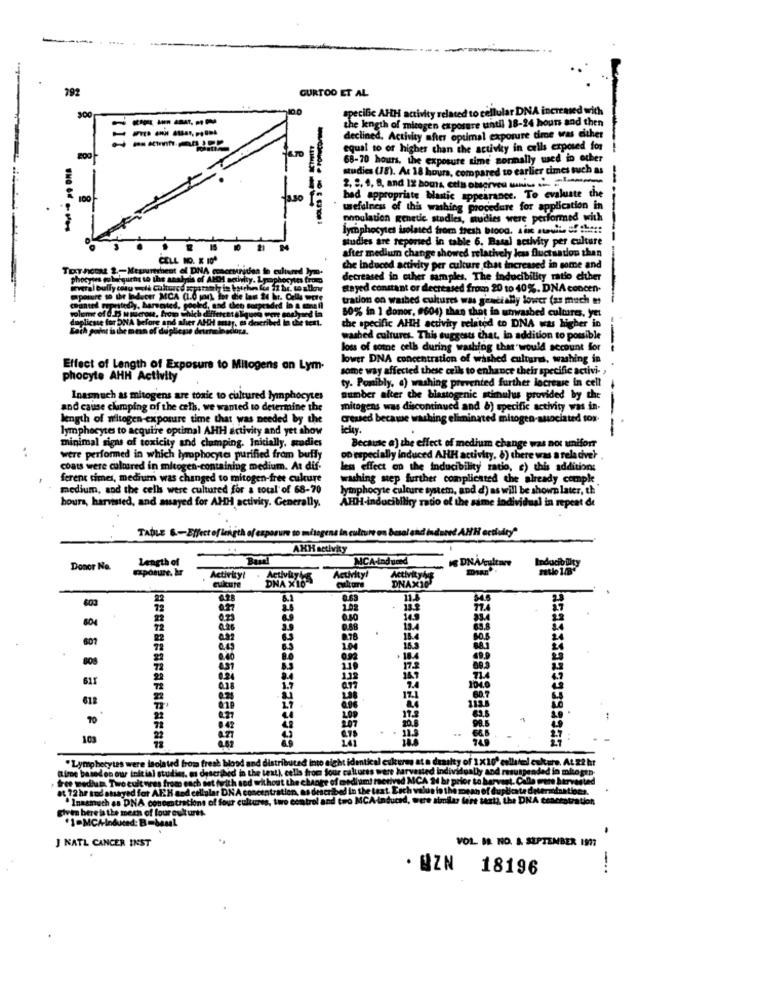
-
792
GURTOO ET AL
specific AHH activity related to cellular DNA increased with
-----
the length of micegen exposure until 18-24 hours and then
declined. Activity after optimal exposure time was either
equal to or higher than the activity in cells exposed for
68-70 hours, the exposure time normally wed in other
studies (18). At 18 hours, compared to earlier times such as
2, 2, 4, 8, and 12 hours cela observes unica
100
bad appropriate blastic appearance. To evaluate the
wefulness of this washing procedure for application in
population genetic studies, mudies were performed with
lymphocytes isolated from fresh brood, sin andits of thett
studies are reported in table 6. Basal activity per culture
after medium change showed relatively less fluctuation than
TOThCON 2 .-
che induced activity per culture chat increased in some and
phocytes go benqui
decreased in other samples. The inducibility ratio either
Ibully cm
stayed constant or decreased from 20 to 40%. DNA concen.
tration on washed cultures was gradially lower (as much to
50% in 1 donor, #604) than that in unwashed cultores, yet
the specific AHH activity related to DNA was higher in
washed cultures. This suggests that, in addition to possible
loss of some cell during washing that would account for
---
lower DNA concentration of washed cultures, washing in
Effect of Length of Exposure to Mitogens on Lym-
some way affected these cells to enhance their specific activi- ,
phocyte AHH Activity
ty. Posibly, a) washing prevented further lociewie in cell
Inasmuch as mitogens are toxic to cultured lymphocytes
number after the blastogenic stimulus provided by the
and cause clumping of the cells. we wanted to determine the
mitogens was discontinued and b) specific activity was in-
length of wiltogen-exposure time that was needed by the
Greased became washing eliminated mitogen-associated tor.
lymphocytes to acquire optimal AHH activity and yet show
--
minimal signs of toxicity and clumping. Initially, adies
Because a) the effect of medium change was not uniforr
were performed in which lymphocytes purified fram buffy
on especially induced AHH activity, 8) there was a rela diver
coats were cultured in mitogen-containing medium. At dif-
less effect on the inducibility ratio, c) this additions
ferens cimes, medium was changed to mitogen-free cukure
washing step further complicated the already compk.
medium, and the cells were cultured for a total of 68-70
lymphocyte culture system, and d) as will be shown later, th
hours, harvisted, and musayed for AHH activity. Generally.
AHH-indocibility ratio of the sime individual in repeat de
culture on basal and induced AHH ectludty"
TADLE &-Effect of length of exposure to mitoge
AHH activity
MCA-induced
Donor No.
Length of
18 DNA/culture
Activity!
DNA X16
Activity!
ActivityME
culture
DNAX10
0.63
T
13.2
104
14.9
0.20
0.88
13.4
8.78
18.4
+ 18.4
175
132
612
70
103
" Lymphocytes were isolated from fresh blood and
Hty of 1x10
[Lire based on our initial studies, as described in the
at 72 hr and stayed for AICH sad cellular DNA conce
medium. Two cult was from each det .
ch walus in the me Ane
. Inasmuch as DNA concentrations of four culture
d. were similar fert it
given here is the mech of four culturts
of four culturts
"1-MC/-induced: B=basal
J NATL CANCER INST
..
VOL BR. NO. A. SEPTEMBER 1991
. @ZN 18196
-..